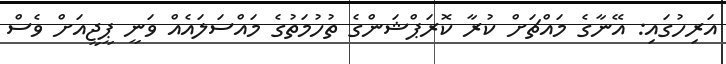
އަރިހުގައި: އޭނާގެ މައްޗަށް ކުރާ ކޮރަޕްޝަންގެ ތުހުމަތުގެ މައްސަލައެއް ވަނީ ޕީޖީއަށް ވެސް